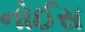
નોઈસ